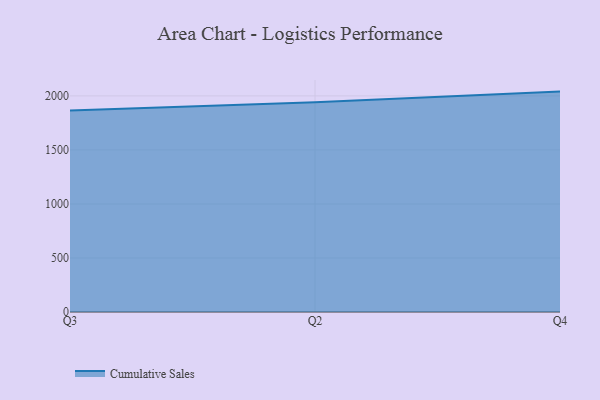
{"axis": {"x": "Quarter", "y": "Tickets Resolved"}, "legend": ["Cumulative Sales"], "data": [{"x": "Q3", "y": 1864.9, "type": "Cumulative Sales"}, {"x": "Q2", "y": 1941.0, "type": "Cumulative Sales"}, {"x": "Q4", "y": 2039.8, "type": "Cumulative Sales"}]}